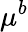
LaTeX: \mu^{b}